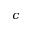
c